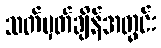
သတ်မှတ်ချိန်အတွင်း